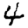
Digit: 4